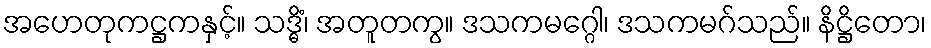
အဟေတုကဋ္ဌကနှင့်။ သဒ္ဓိံ၊ အတူတကွ။ ဒသကမဂ္ဂေါ၊ ဒသကမဂ်သည်။ နိဋ္ဌိတော၊